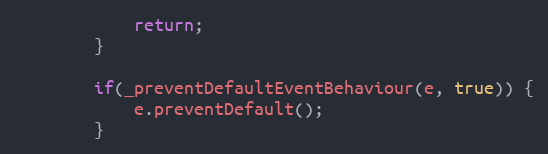
Language: JavaScript
			return;
		}

		if(_preventDefaultEventBehaviour(e, true)) {
			e.preventDefault();
		}